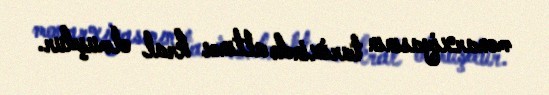
monarxiyasının tarixində altıncı kral olmuşdur.